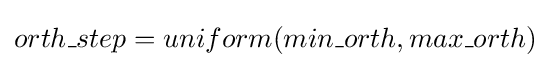
orth\_step=uniform(min\_orth,max\_orth)